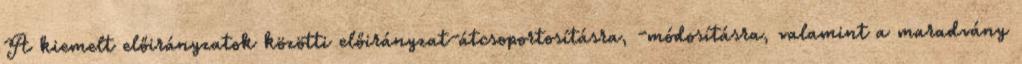
A kiemelt előirányzatok közötti előirányzat-átcsoportosításra, -módosításra, valamint a maradvány